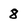
Character: 8